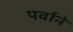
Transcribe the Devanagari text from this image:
पर्वाने